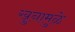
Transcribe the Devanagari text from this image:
खुनामुळे